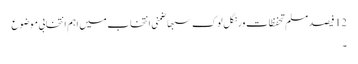
12 فیصد مسلم تحفظات ورنگل لوک سبھا ضمنی انتخاب میں اہم انتخابی موضوع
۔